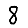
Digit: 8